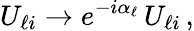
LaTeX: U_{\ell i}\to e^{-i\alpha_{\ell}}\, U_{\ell i}\, ,